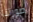
صورتنا